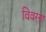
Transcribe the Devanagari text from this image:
विवरण्‌